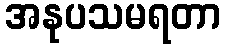
အနုပသမရတာ